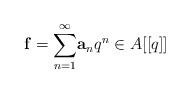
LaTeX: \begin{align*}\mathbf{f}=\underset{n=1}{\overset{\infty}\sum} \mathbf{a}_nq^n \in A[[q]]\end{align*}